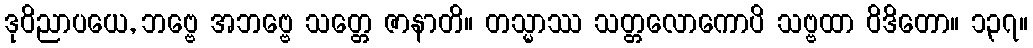
ဒုဝိညာပယေ, ဘဗ္ဗေ အဘဗ္ဗေ သတ္တေ ဇာနာတိ။ တသ္မာဿ သတ္တလောကောပိ သဗ္ဗထာ ဝိဒိတော။ ၁၃၇။